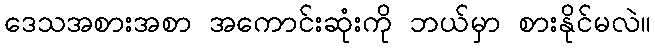
ဒေသအစားအစာ အကောင်းဆုံးကို ဘယ်မှာ စားနိုင်မလဲ။